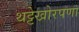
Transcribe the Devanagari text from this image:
थट्टेखोरपणा